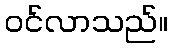
ဝင်လာသည်။